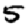
Digit: 5